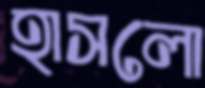
হাসলো